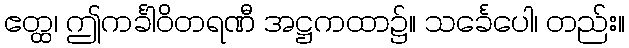
ဧတ္ထ၊ ဤကင်္ခါဝိတရဏီ အဋ္ဌကထာ၌။ သင်္ခေပေါ၊ တည်း။